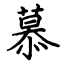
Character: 慕